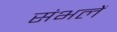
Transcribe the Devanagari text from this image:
संभलें